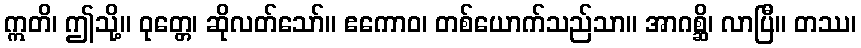
ဣတိ၊ ဤသို့။ ဝုတ္တေ၊ ဆိုလတ်သော်။ ဧကောဝ၊ တစ်ယောက်သည်သာ။ အာဂစ္ဆိ၊ လာပြီ။ တဿ၊